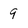
Character: 9